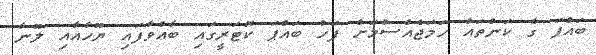
ބައްޕަ ގެ ކަންތައް ހަމަޖެއްސުމަށް ފަހު ބައްޕަ ކޮޓަރީގައި ބާއްވާފައި ޔޫހާއާއި ލޫނާ